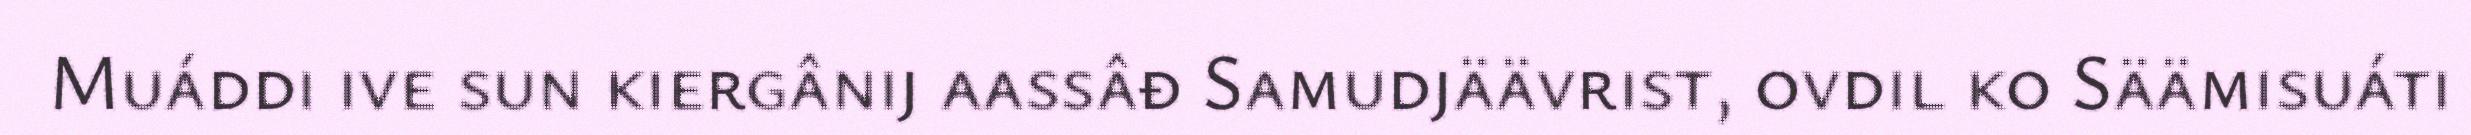
Muáddi ive sun kiergânij aassâđ Samudjäävrist, ovdil ko Säämisuáti